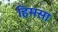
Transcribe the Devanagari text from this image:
हिमसा